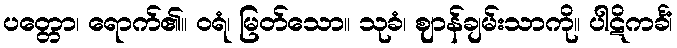
ပတ္တော၊ ရောက်၏။ ဝရံ၊ မြတ်သော။ သုခံ၊ ဈာန်ချမ်းသာကို။ ပါဋိကင်္ခံ၊